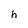
Character: h